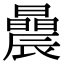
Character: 曟